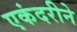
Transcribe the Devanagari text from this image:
एकंदरीने